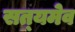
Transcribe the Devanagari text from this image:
सत्‍यमेव